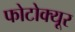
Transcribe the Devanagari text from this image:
फोटोक्यूर